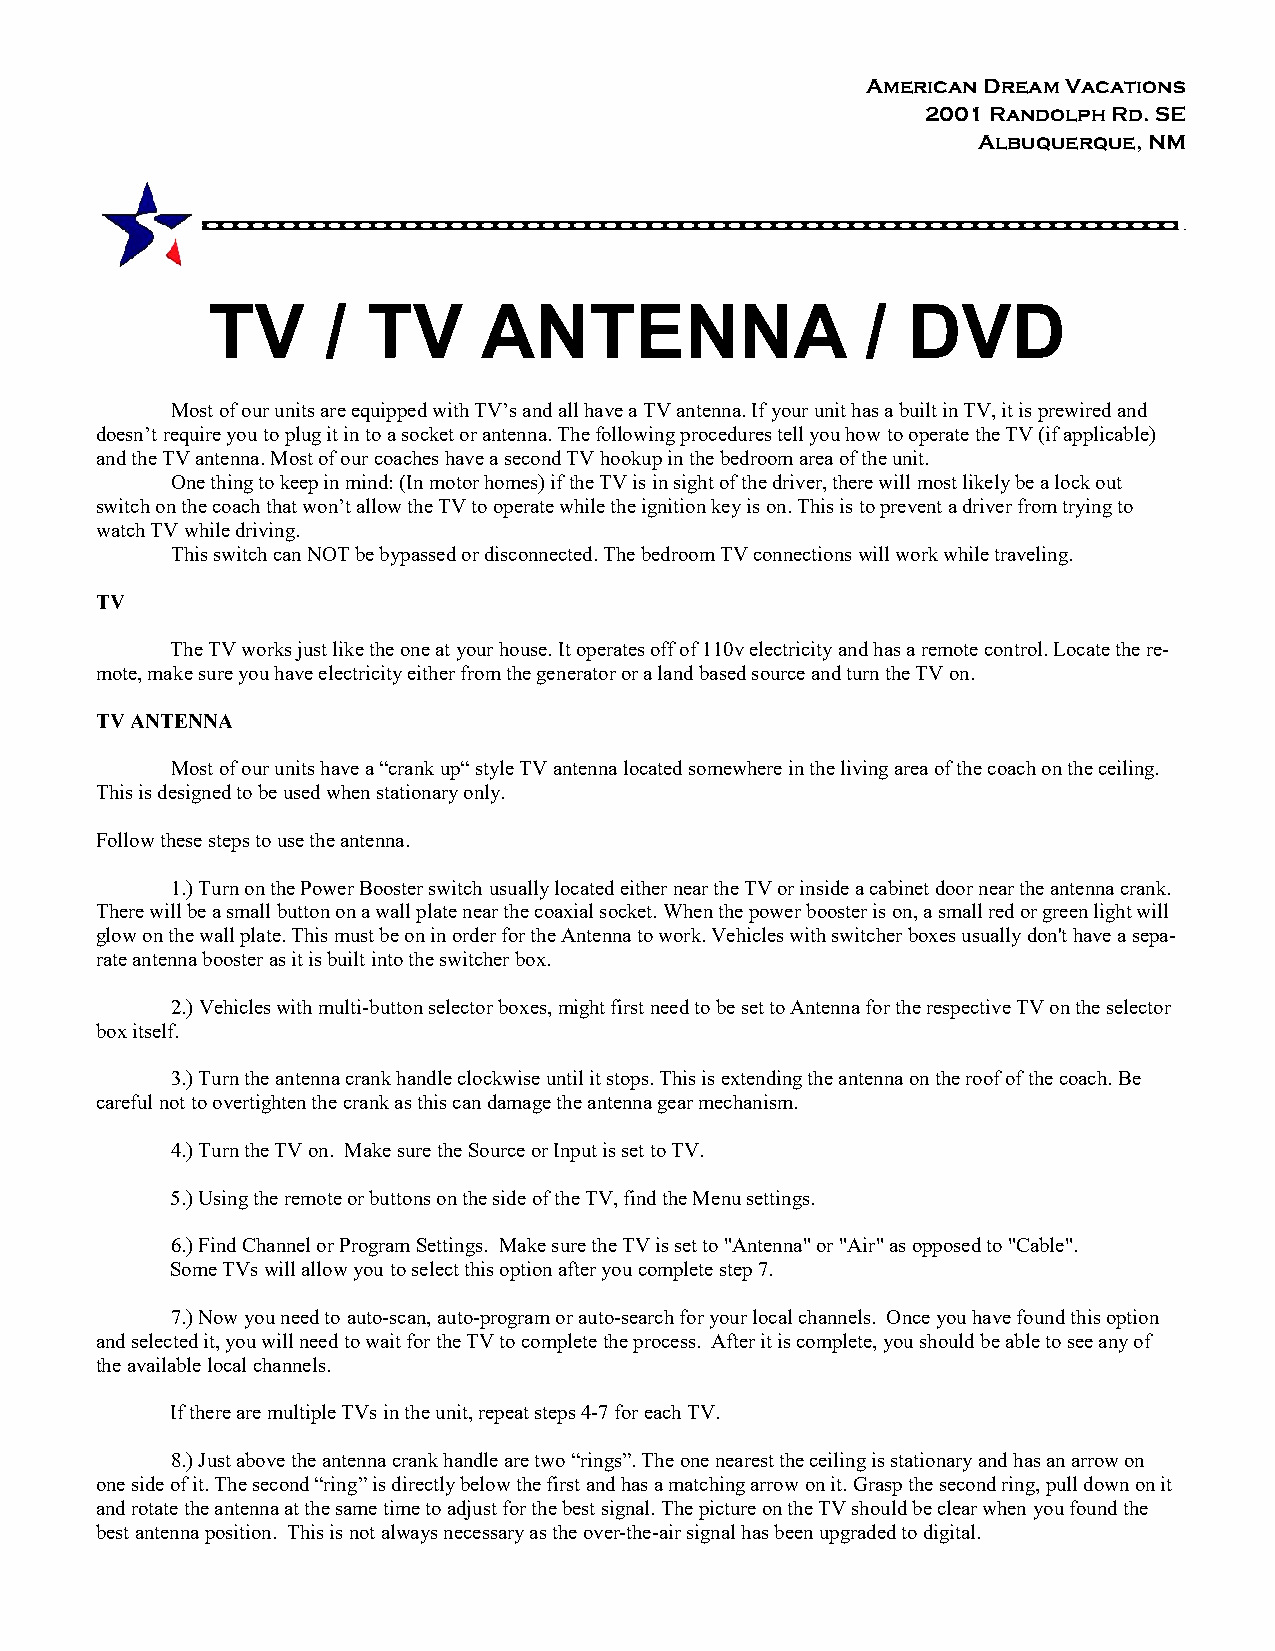
American Dream Vacations
 2001 Randolph Rd. SE
 Albuquerque, NM
 TV      / TV      ANTENNA                  /  DVD
 Most of our units are equipped with TV’s and all have a TV antenna. If your unit has a built in TV, it is prewired and
 doesn’t require you to plug it in to a socket or antenna. The following procedures tell you how to operate the TV (if applicable)
 and the TV antenna. Most of our coaches have a second TV hookup in the bedroom area of the unit.
 One thing to keep in mind: (In motor homes) if the TV is in sight of the driver, there will most likely be a lock out
 switch on the coach that won’t allow the TV to operate while the ignition key is on. This is to prevent a driver from trying to
 watch TV while driving.
 This switch can NOT be bypassed or disconnected. The bedroom TV connections will work while traveling.
 TV
 The TV works just like the one at your house. It operates off of 110v electricity and has a remote control. Locate the re-
 mote, make sure you have electricity either from the generator or a land based source and turn the TV on.
 TV ANTENNA
 Most of our units have a “crank up“ style TV antenna located somewhere in the living area of the coach on the ceiling.
 This is designed to be used when stationary only.
 Follow these steps to use the antenna.
 1.) Turn on the Power Booster switch usually located either near the TV or inside a cabinet door near the antenna crank.
 There will be a small button on a wall plate near the coaxial socket. When the power booster is on, a small red or green light will
 glow on the wall plate. This must be on in order for the Antenna to work. Vehicles with switcher boxes usually don't have a sepa-
 rate antenna booster as it is built into the switcher box.
 2.) Vehicles with multi-button selector boxes, might first need to be set to Antenna for the respective TV on the selector
 box itself.
 3.) Turn the antenna crank handle clockwise until it stops. This is extending the antenna on the roof of the coach. Be
 careful not to overtighten the crank as this can damage the antenna gear mechanism.
 4.) Turn the TV on. Make sure the Source or Input is set to TV.
 5.) Using the remote or buttons on the side of the TV, find the Menu settings.
 6.) Find Channel or Program Settings. Make sure the TV is set to "Antenna" or "Air" as opposed to "Cable".
 Some TVs will allow you to select this option after you complete step 7.
 7.) Now you need to auto-scan, auto-program or auto-search for your local channels. Once you have found this option
 and selected it, you will need to wait for the TV to complete the process. After it is complete, you should be able to see any of
 the available local channels.
 If there are multiple TVs in the unit, repeat steps 4-7 for each TV.
 8.) Just above the antenna crank handle are two “rings”. The one nearest the ceiling is stationary and has an arrow on
 one side of it. The second “ring” is directly below the first and has a matching arrow on it. Grasp the second ring, pull down on it
 and rotate the antenna at the same time to adjust for the best signal. The picture on the TV should be clear when you found the
 best antenna position. This is not always necessary as the over-the-air signal has been upgraded to digital.